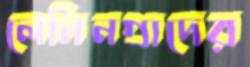
লেনিনগ্রাদের